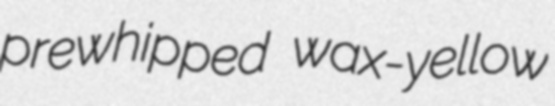
prewhipped wax-yellow